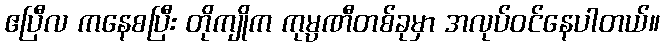
ဧပြီလ ကနေစပြီး တိုကျိုက ကုမ္ပဏီတစ်ခုမှာ အလုပ်ဝင်နေပါတယ်။